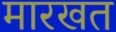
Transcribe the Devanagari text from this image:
मारखत